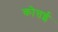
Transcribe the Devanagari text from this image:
कोत्तई